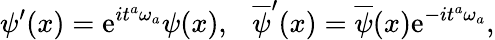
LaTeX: {\psi}^{\prime}(x)=\mathrm{e}^{i{t}^{a}{\omega}_{a}}{\psi}(x),\ \ \ \overline{{{{\psi}}}}^{\prime}(x)=\overline{{{{\psi}}}}(x)\mathrm{e}^{-i{t}^{a}{\omega}_{a}},